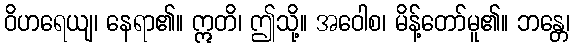
ဝိဟရေယျ၊ နေရာ၏။ ဣတိ၊ ဤသို့။ အဝေါစ၊ မိန့်တော်မူ၏။ ဘန္တေ၊